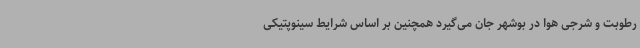
رطوبت و شرجی هوا در بوشهر جان می‌گیرد همچنین بر اساس شرایط سینوپتیکی